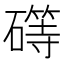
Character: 𰧥